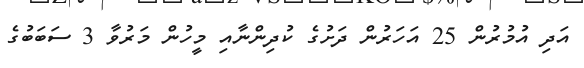
އަދި އުމުރުން 25 އަހަރުން ދަށުގެ ކުދިންނާއި މީހުން މަރުވާ 3 ސަބަބުގެ